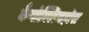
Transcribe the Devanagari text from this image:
कैबोक्लिनहॉस